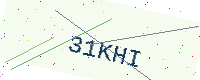
Text: 31KHI